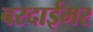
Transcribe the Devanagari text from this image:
बरदाईमर